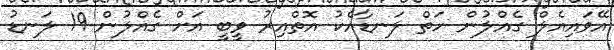
އޭވައިއެލް ގެއްލުން ހަތް ލަނޑާއެކު އޮތްއިރު ވީބީ އަށް ގެއްލުން 19 ލަނޑު